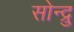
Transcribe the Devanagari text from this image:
सोन्द्रु